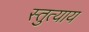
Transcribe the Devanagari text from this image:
स्तुत्याय